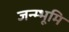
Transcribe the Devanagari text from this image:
जन्म्भूमि